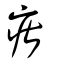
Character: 瘎